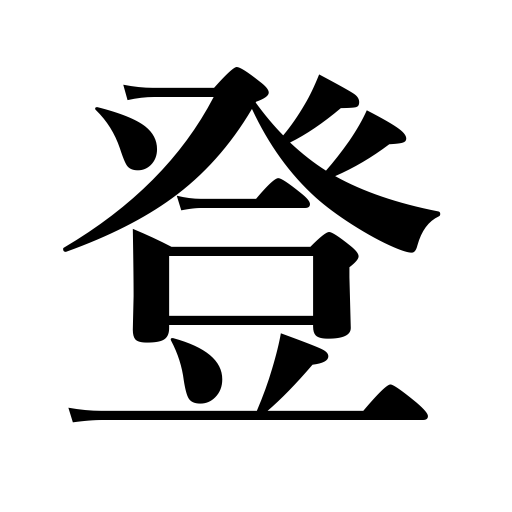
Meanings: go up,sail up,come up on the agenda,climb,go to the capital,add up to,advance in price,ascend,rise,be promoted